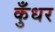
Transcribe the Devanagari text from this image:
कुँधर